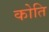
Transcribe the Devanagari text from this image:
कोति